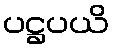
ပဋ္ဌပယိ